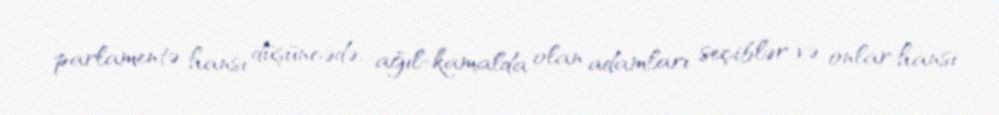
parlamentə hansı düşüncədə, ağıl-kamalda olan adamları seçiblər və onlar hansı